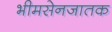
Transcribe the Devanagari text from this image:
भीमसेनजातक